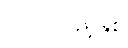
၂၀၁၀ပြည့်နှစ်